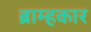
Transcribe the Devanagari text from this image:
ब्राम्हकार